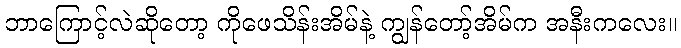
ဘာကြောင့်လဲဆိုတော့ ကိုဖေသိန်းအိမ်နဲ့ ကျွန်တော့်အိမ်က အနီးကလေး။